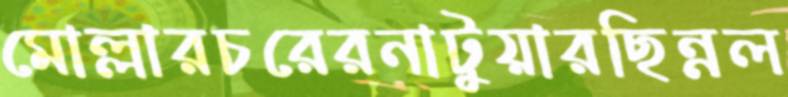
মোল্লারচরেরনাটুয়ারছিন্নল